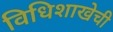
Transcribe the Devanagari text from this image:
विधिशाखेची